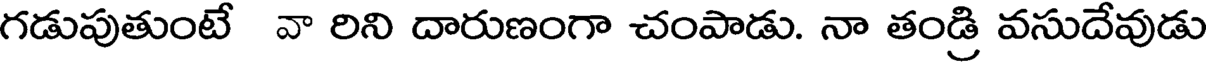
గడుపుతుంటే వా రిని దారుణంగా చంపాడు. నా తండ్రి వసుదేవుడు